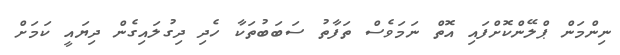
ނިންމަން ޕްލޭންކޮށްފައި އޮތް ނަމަވެސް ތަފާތު ސަބަބުތަކާ ހެދި ދިގުލައިގެން ދިޔައީ ކަމަށް